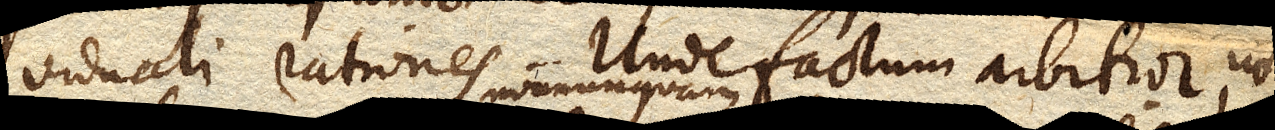
viduali rationes. Unde factum arbitror, ut